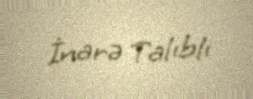
İnarə Talıblı